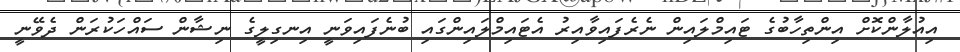
އިއުލާންކޮށް އިންތިހާބުގެ ޓައިމްލައިން ނެރެފައިވާއިރު އެޓައިމްލައިންގައި ބުނެފައިވަނީ އިނގިލީގެ ނިޝާން ސައްހަކުރަން ދެވޭނީ